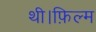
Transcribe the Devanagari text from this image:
थी।फ़िल्म